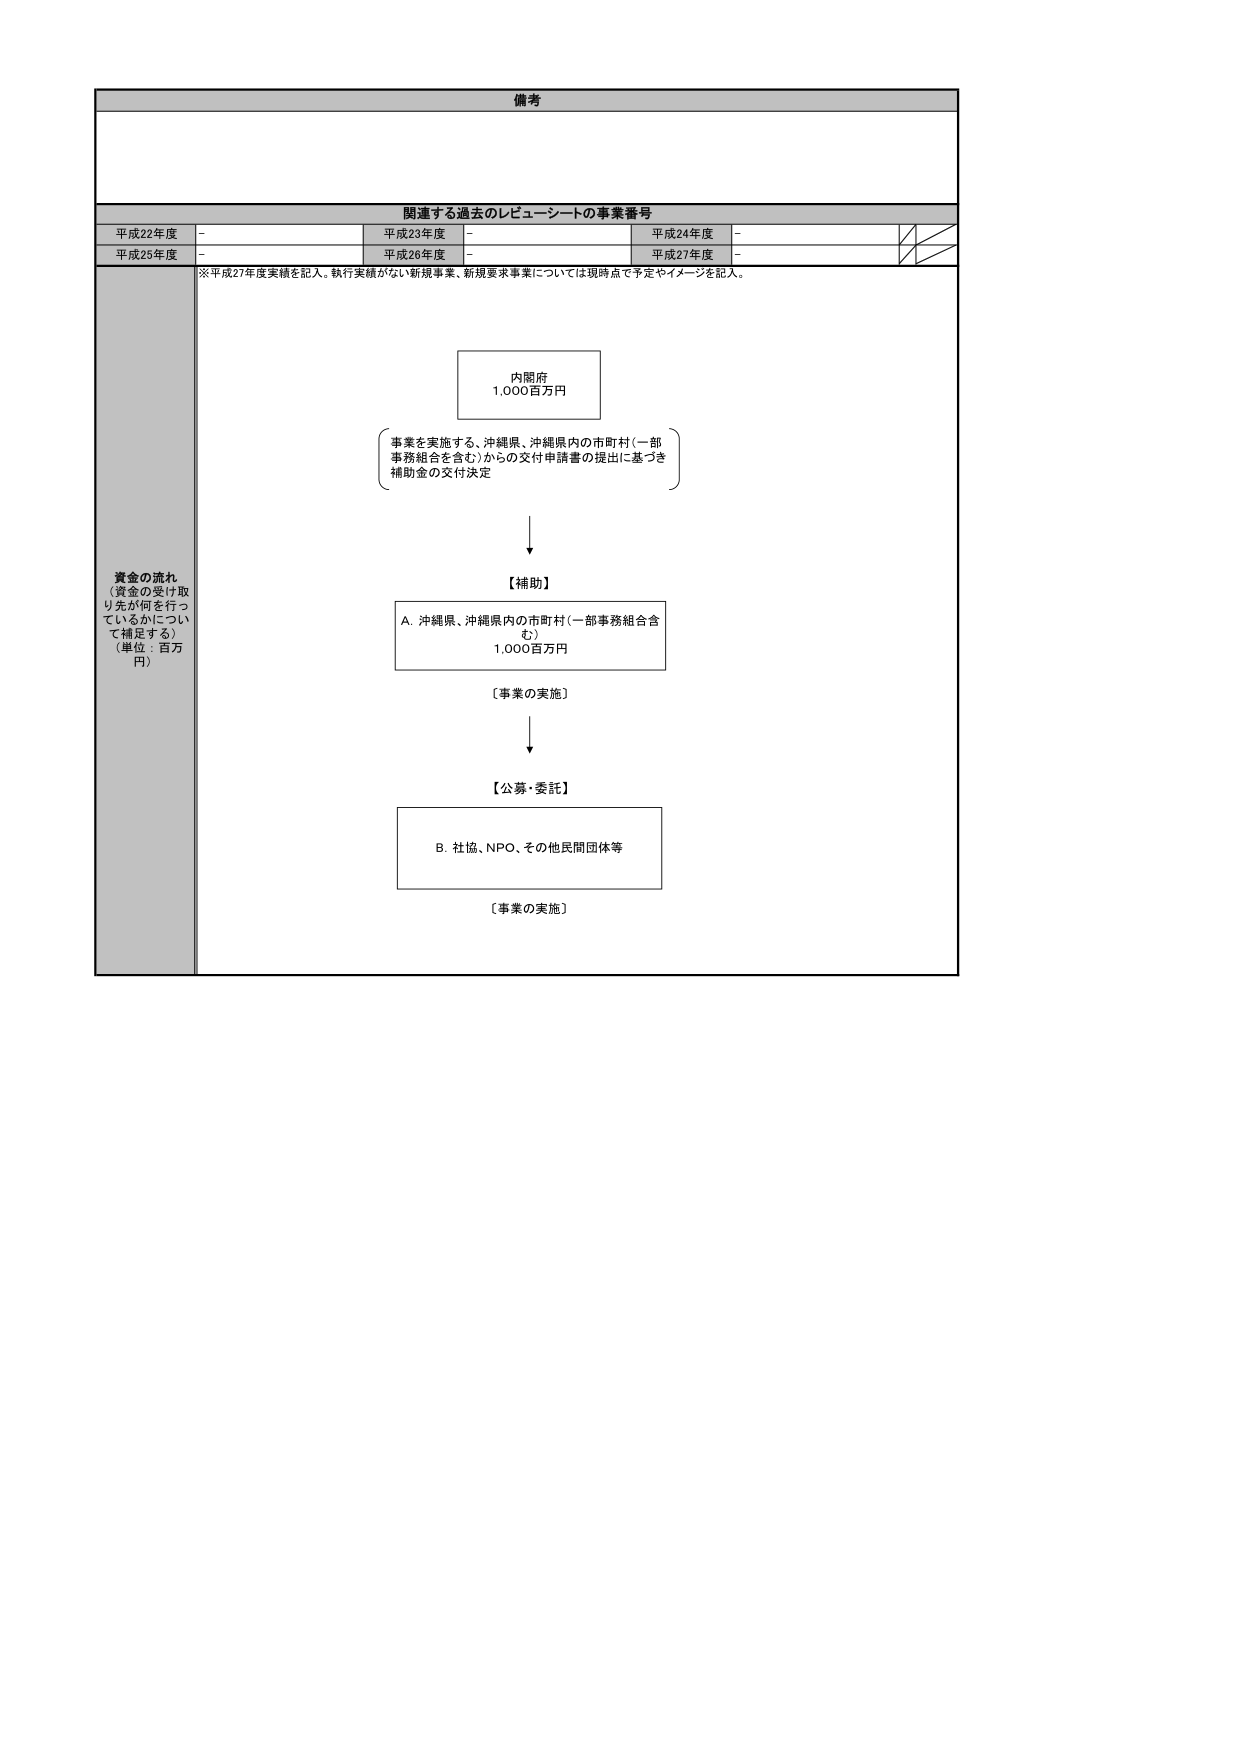
備考

関連する過去のレピューシートの事業番号
平成22年度 - 平成23年度 - 平成24年度 -
平成25年度 - 平成26年度 - 平成27年度 -

※平成27年度実績を記入。執行実績がない新規事業、新規要求事業については現時点で予定やイメージを記入。

資金の流れ
（資金の受け取り先が何を行っているかについて補足する）
（単位：百万円）

内閣府
1,000百万円

事業を実施する、沖縄県、沖縄県内の市町村（一部事務組合を含む）からの交付申請書の提出に基づき
補助金の交付決定

【補助】
A. 沖縄県、沖縄県内の市町村（一部事務組合含む）
1,000百万円

【事業の実施】

【公募・委託】
B. 社協、NPO、その他民間団体等

【事業の実施】